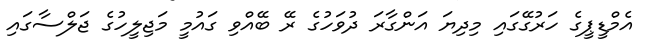
އެމްޑީޕީގެ ހަރުގޭގައި މިދިޔަ އަންގާރަ ދުވަހުގެ ރޭ ބޭއްވި ގައުމީ މަޖިލީހުގެ ޖަލްސާގައި